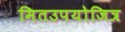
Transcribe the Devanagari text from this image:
मितउपयोजित्र